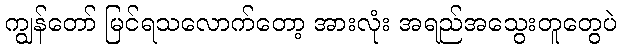
ကျွန်တော် မြင်ရသလောက်တော့ အားလုံး အရည်အသွေးတူတွေပဲ